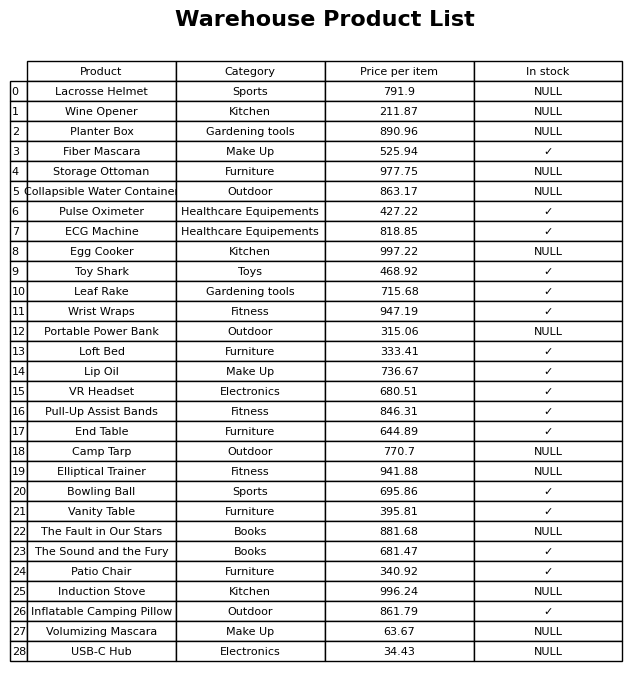
question: What is the stock status of the Lip Oil?
answer: ✓